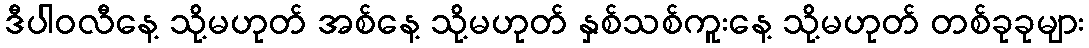
ဒီပါဝလီနေ့ သို့မဟုတ် အစ်နေ့ သို့မဟုတ် နှစ်သစ်ကူးနေ့ သို့မဟုတ် တစ်ခုခုများ